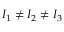
I _ { 1 } \ne I _ { 2 } \ne I _ { 3 }